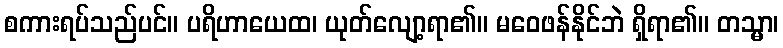
စကားရပ်သည်ပင်။ ပရိဟာယေထ၊ ယုတ်လျော့ရာ၏။ မဝေဖန်နိုင်ဘဲ ရှိရာ၏။ တသ္မာ၊